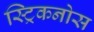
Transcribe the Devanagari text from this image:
स्ट्रिकनोस